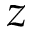
z